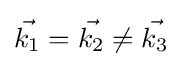
{\vec {k_{1}}}={\vec {k_{2}}}\neq {\vec {k_{3}}}